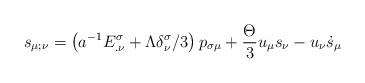
LaTeX: \begin{align*}s_{\mu ;\nu }=\left( a^{-1}E_{.\nu }^{\sigma }+\Lambda \delta _{\nu}^{\sigma }/3\right) p_{\sigma \mu }+\frac{\Theta }{3}u_{\mu }s_{\nu}-u_{\nu }\dot{s}_{\mu } \end{align*}